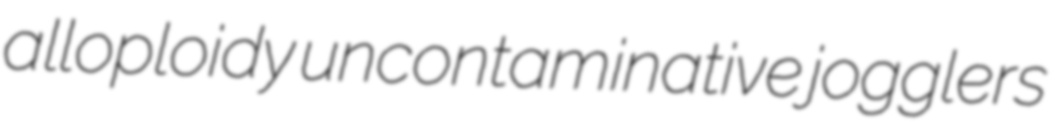
alloploidy uncontaminative jogglers